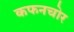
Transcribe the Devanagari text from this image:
कफनचोर